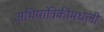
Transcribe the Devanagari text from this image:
अभियांत्रिकीमधली